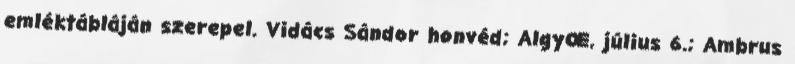
emléktábláján szerepel. Vidács Sándor honvéd; AlgyŒ, július 6.; Ambrus